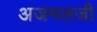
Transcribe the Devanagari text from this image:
अजमलजी